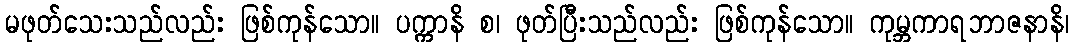
မဖုတ်သေးသည်လည်း ဖြစ်ကုန်သော။ ပက္ကာနိ စ၊ ဖုတ်ပြီးသည်လည်း ဖြစ်ကုန်သော။ ကုမ္ဘကာရဘာဇနာနိ၊